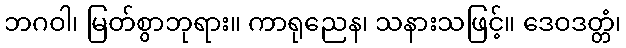
ဘဂဝါ၊ မြတ်စွာဘုရား။ ကာရုညေန၊ သနားသဖြင့်။ ဒေဝဒတ္တံ၊